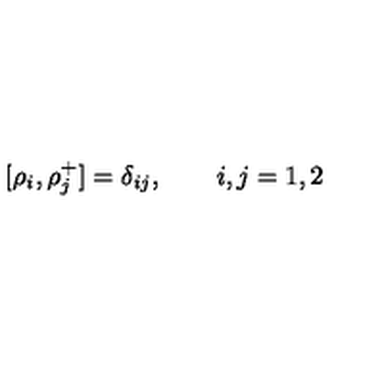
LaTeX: [ \rho _ { i } , \rho _ { j } ^ { + } ] = \delta _ { i j } , \qquad i , j = 1 , 2